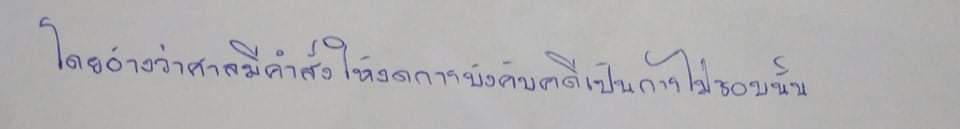
โดยอ้างว่าศาลมีคำสั่งให้งดการบังคับคดีเป็นการไม่ชอบนั้น